Report on the cholera epidemic of
Year: 1868
Disease focus: Cholera
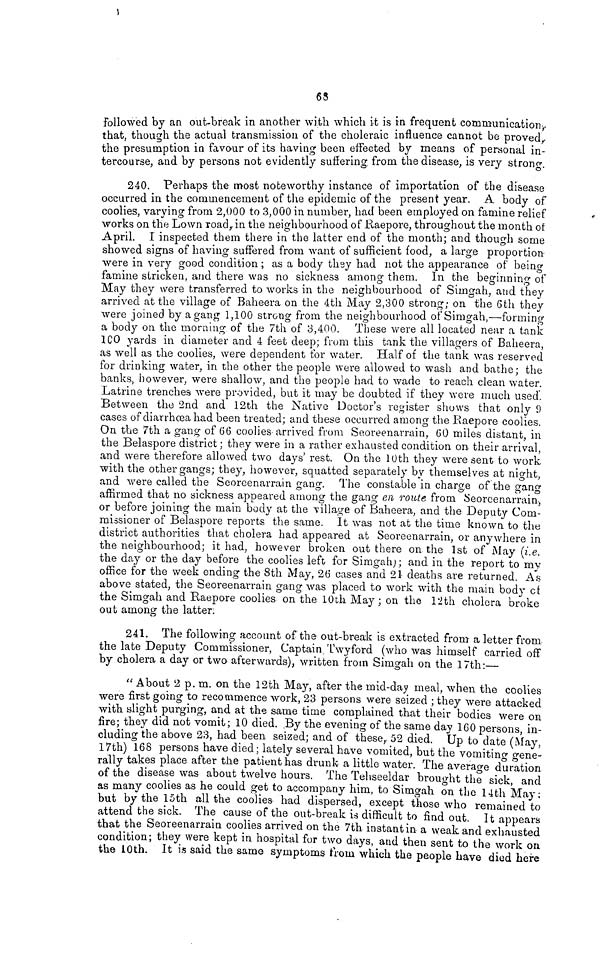
63
Followed by an out-break in another with which it is in frequent communication,
that, though the actual transmission of the choleraic influence cannot be proved,
the presumption in favour of its having been effected by means of personal in-
tercourse, and by persons not evidently suffering, from the disease, is very strong.
240. Perhaps the most noteworthy instance of importation of the disease
occurred in the commencement of the epidemic of the present year. A body of
coolies, varying from 2,000 to 3,000 in number, had been employed on famine relief
works on the Lown road in the neighbourhood of Raepore, throughout the month of
April. I inspected them there in the latter end of the month; and though some
showed signs of having suffered from want of sufficient food, a large proportion
were in very good condition ; as a body they had not the appearance of being
famine stricken, and there was no sickness among them. In the beginning of
May they were transferred to works in the neighbourhood of Simgah, and they
arrived at the village of Baheera on the 4th May 2,300 strong; on the 6th they
were joined by a gang 1,100 strong from the neighbourhood of Simgah,—forming
a body on the morning of the 7th of 3,400. These were all located near a tank
100 yards in diameter and 4 feet deep; from this tank the villagers of Baheera,
as well as the coolies, were dependent for water. Half of the tank was reserved
for drinking water, in the other the people were allowed to wash and bathe; the
banks, however, were shallow, and the people had to wade to reach clean water.
Latrine trenches were provided, but it may be doubted if they were much used.
Between the 2nd and 12th the Native Doctor's register shows that only 9
cases of diarrhoea had been treated; and these occurred among the Raepore coolies.
On the 7th a gang of 66 coolies arrived from Seoreenarrain, 60 miles distant, in
the Belaspore district ; they were in a rather exhausted condition on their arrival,
and were therefore allowed two days' rest. On the 10th they were sent to work
with the other gangs; they, however, squatted separately by themselves at night,
and were called the Seoreenarrain gang. The constable in charge of the orano-
affirmed that no sickness appeared among the gang en route, from Seoreenarrain.,
or before joining the main body at the village of Baheera, and the Deputy Com-
missioner of Belaspore reports the same. It was not at the time known to the
district authorities that cholera had appeared at Seoreenarrain, or anywhere in
the neighbourhood; it had, however broken out there on the 1st of May (i.e.
the day or the day before the coolies left for Simgah) ; and in the report to my
office for the week ending the 8th May, 26 cases and 21 deaths are returned. As
above stated, the Seoreenarrain gang was placed to work with the main body of
the Simgah and Raepore coolies on the 10th May; on the 12th cholera broke
out among the latter.
241. The following account of the out-break is extracted from a letter from
the late Deputy Commissioner, Captain Twyford (who was himself carried off
by cholera a day or two afterwards), written from Simgah on the 17th:—
"About 2 p. m. on the 12th May, after the mid-day meal, when the coolies
were first going to recommence work, 23 persons were seized ; they were attacked
with slight purging, and at the same time complained that their bodies were on
fire; they did not vomit ; 10 died. By the evening of the same day 160 persons, in-
cluding the above 23, had been seized; and of these, 52 died. Up to date (May,
17th) 168 persons have died; lately several have vomited, but the vomitino gene-
rally takes place after the patient has drunk a little water. The average duration
of the disease was about twelve hours. The Tehseeldar brought the sick, and
as many coolies as he could get to accompany him, to Simgah on the 14th May ;
but by the 15th all the coolies had dispersed, except those who remained to
attend the sick. The cause of the out-break is difficult to find out. It appears
that the Seoreenarrain coolies arrived on the 7th instant in- a weak and exhausted
condition; they were kept in hospital for two days, and then sent to the work on
the 10th. It is said the same symptoms from which the people have died here